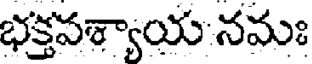
భక్తపశ్యాయ నమః